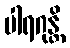
ပါရဂုန္တိ